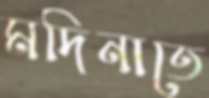
মদিনাতে